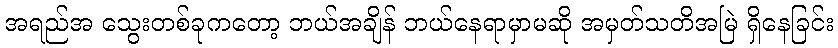
အရည်အ သွေးတစ်ခုကတော့ ဘယ်အချိန် ဘယ်နေရာမှာမဆို အမှတ်သတိအမြဲ ရှိနေခြင်း